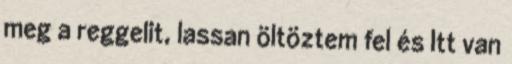
meg a reggelit, lassan öltöztem fel és Itt van